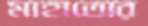
মাহাতোর